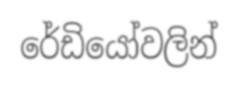
රේඩියෝවලින්